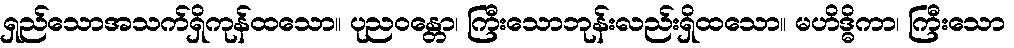
ရှည်သောအသက်ရှိကုန်ထသော။ ပုညဝန္တော၊ ကြီးသောဘုန်းလည်းရှိထသော။ မဟိဒ္ဓိကာ၊ ကြီးသော